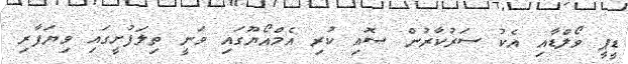
ޑީޕީ ވޯލްޑާއި އެކު ސަރުކާރުން ސޮއި ކުރި އެމްއޯޔޫގައި ވަނީ ތިލަފުށީގައި ވިޔަފާރި